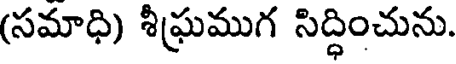
(సమాధి) శీఘ్రముగ సిద్ధించును.